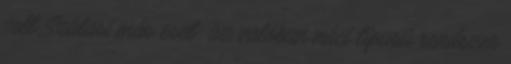
volt Szálasi más eset: az valóban náci típusú rendszer